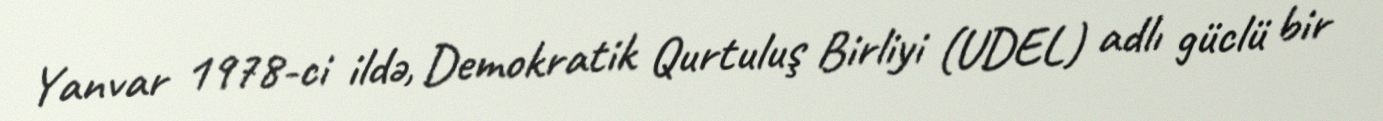
Yanvar 1978-ci ildə, Demokratik Qurtuluş Birliyi (UDEL) adlı güclü bir